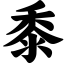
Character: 黍